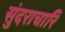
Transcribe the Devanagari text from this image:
सुंदराचारि